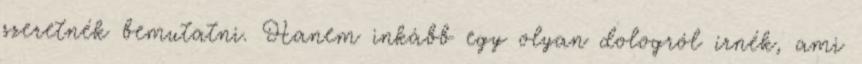
szeretnék bemutatni. Hanem inkább egy olyan dologról írnék, ami